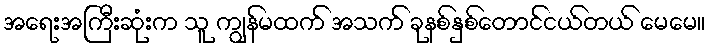
အရေးအကြီးဆုံးက သူ ကျွန်မထက် အသက် ခုနစ်နှစ်တောင်ငယ်တယ် မေမေ။